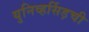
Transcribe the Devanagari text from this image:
युनिव्हर्सिड़ची